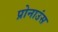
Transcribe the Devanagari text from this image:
प्रोनाउंस